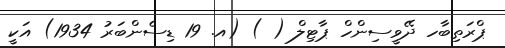
ޕްރަތިބާހ ދޭވީސިންހް ޕާޓިލް ( ) (އ. 19 ޑިސެންބަރު 1934) އަކީ